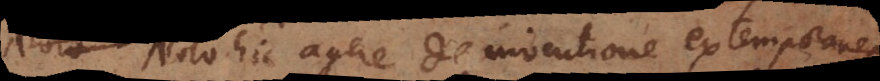
Nolo hic agere de inventione extemporanea